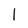
Character: 1